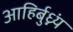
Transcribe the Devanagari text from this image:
आहिर्बुध्न्यं